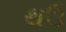
થઉ